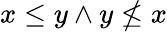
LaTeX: x\leq y\land y\nleq x